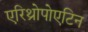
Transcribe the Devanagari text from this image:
एरिथ्रोपोएटिन